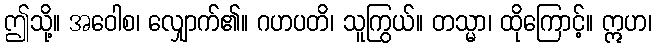
ဤသို့။ အဝေါစ၊ လျှောက်၏။ ဂဟပတိ၊ သူကြွယ်။ တသ္မာ၊ ထိုကြောင့်။ ဣဟ၊